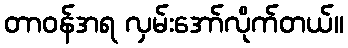
တာဝန်အရ လှမ်းအော်လိုက်တယ်။